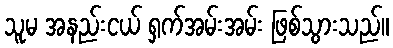
သူမ အနည်းငယ် ရှက်အမ်းအမ်း ဖြစ်သွားသည်။